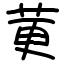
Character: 莄